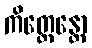
ကိတ္တေန္တော